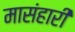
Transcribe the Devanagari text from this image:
मासंहारी